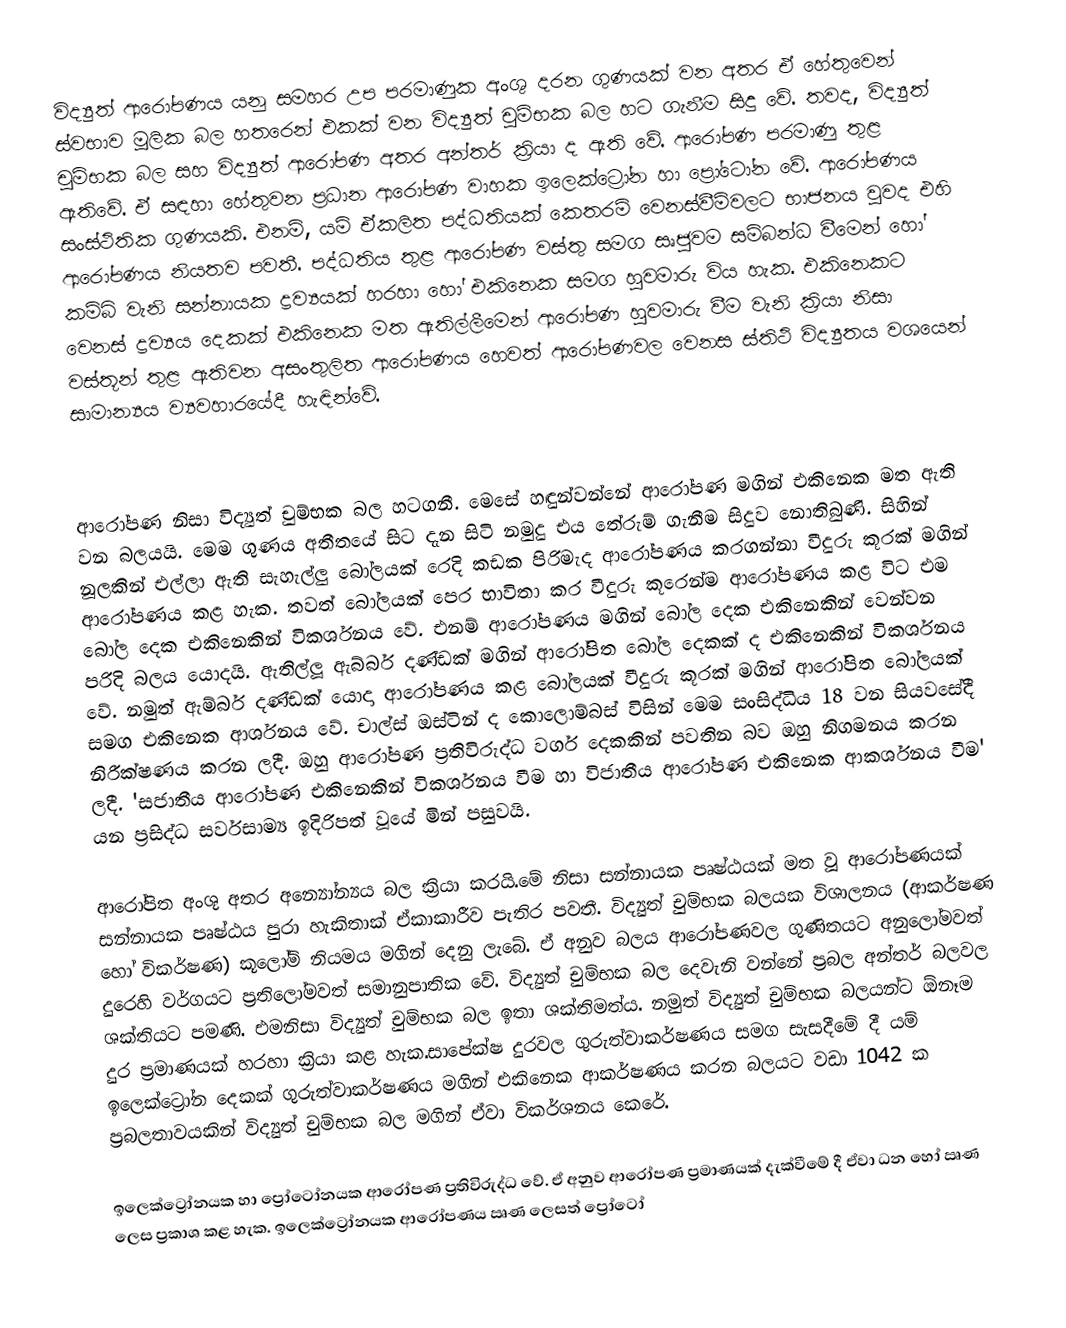
විද්‍යුත් ආරෝපණය යනු සමහර උප පරමාණුක අංශු දරන ගුණයක් වන අතර ඒ හේතුවෙන් ස්වභාව මූලික බල හතරෙන් එකක් වන විද්‍යුත් චුම්භක බල හට ගැනීම සිදු වේ. තවද, විද්‍යුත් චුම්භක බල සහ විද්‍යුත් ආරෝපණ අතර අන්තර් ක්‍රියා ද ඇති වේ. ආරෝපණ පරමාණු තුළ ඇතිවේ. ඒ සඳහා හේතුවන ප්‍රධාන ආරෝපණ වාහක ඉලෙක්ට්‍රෝන හා ප්‍රෝටෝන වේ. ආරෝපණය සංස්ථිතික ගුණයකි. එනම්, යම් ඒකලිත පද්ධතියක් කෙතරම් වෙනස්වීම්වලට භාජනය වුවද එහි ආරෝපණය නියතව පවතී. පද්ධතිය තුළ ආරෝපණ වස්තු සමග සෘජුවම සම්බන්ධ වීමෙන් හෝ කම්බි වැනි සන්නායක ද්‍රව්‍යයක් හරහා හෝ එකිනෙක සමග හුවමාරු විය හැක. එකිනෙකට වෙනස් ද්‍රව්‍යය දෙකක් එකිනෙක මත ඇතිල්ලීමෙන් ආරෝපණ හුවමාරු වීම  වැනි ක්‍රියා නිසා වස්තූන් තුළ ඇතිවන අසංතුලිත ආරෝපණය හෙවත් ආරෝපණවල වෙනස  ස්තිථි විද්‍යුතය වශයෙන් සාමාන්‍යය ව්‍යවහාරයේදී හැඳින්වේ.

ආරෝපණ නිසා විද්‍යුත් චුම්භක බල හටගනී. මෙසේ හඳුන්වන්නේ ආරෝපණ මගින් එකිනෙක මත ඇති වන බලයයි. මෙම ගුණය අතීතයේ සිට දැන සිටි නමුදු එය තේරුම් ගැනීම සිදුව නොතිබුණි. සිහින් නූලකින් එල්ලා ඇති සැහැල්ලු බෝලයක් රෙදි කඩක පිරිමැද ආරෝපණය කරගන්නා වීදුරු කූරක් මගින් ආරෝපණය කළ හැක. තවත් බෝලයක් පෙර භාවිතා කර වීදුරු කූරෙන්ම ආරෝපණය කළ විට එම බෝල දෙක එකිනෙකින් විකර්ශනය වේ. එනම් ආරෝපණය මගින් බෝල දෙක එකිනෙකින් වෙන්වන පරිදි බලය යොදයි. ඇතිල්ලූ ඇබ්බර් දණ්ඩක් මගින් ආරෝපිත බෝල දෙකක් ද එකිනෙකින් විකර්ශනය වේ. නමුත් ඇම්බර් දණ්ඩක් යොදා ආරෝපණය කළ බෝලයක් වීදුරු කූරක් මගින් ආ‍රෝපිත බෝලයක් සමග එකිනෙක ආර්ශනය වේ. චාල්ස් ඔස්ටින් ද කොලොම්බස් විසින් මෙම සංසිද්ධිය 18 වන  සියවසේදී නිරීක්ෂණය කරන ලදී. ඔහු ආරෝපණ ප්‍රතිවිරුද්ධ වර්ග දෙකකින් පවතින බව ඔහු නිගමනය කරන ලදී. 'සජාතීය ආරෝපණ එකිනෙකින් විකර්ශනය වීම හා විජාතීය ආරෝපණ එකිනෙක ආකර්ශනය වීම' යන   ප්‍රසිද්ධ සර්වසාම්‍ය ඉදිරිපත් වූයේ මින් පසුවයි.

ආරෝපිත අංශු අතර අන්‍යෝන්‍යය බල ක්‍රියා කරයි.මේ නිසා සන්නායක පෘෂ්ඨයක් මත වූ  ආරෝපණයක් සන්නායක පෘෂ්ඨය පුරා හැකිතාක් ඒකාකාරීව පැතිර පවතී. විද්‍යුත් චුම්භක බලයක විශාලනය (ආකර්ෂණ හෝ විකර්ෂණ) කූලෝම් නියමය  මගින් දෙනු ලැබේ. ඒ අනුව බලය ආරෝපණවල ගුණිතයට අනුලෝමවත් දුරෙහි වර්ගයට ප්‍රතිලෝමවත් සමානුපාතික වේ. විද්‍යුත් චුම්භක බල දෙවැනි වන්නේ ප්‍රබල අන්තර් බලවල ශක්තියට පමණි. එමනිසා විද්‍යුත් චුම්භක බල ඉතා ශක්තිමත්ය. නමුත් විද්‍යුත් චුම්භක බලයන්ට ඕනෑම දුර ප්‍රමාණයක් හරහා ක්‍රියා කළ හැක.සාපේක්ෂ දුරවල ගුරුත්වාකර්ෂණය සමග සැසදීමේ දී යම් ඉලෙක්ට්‍රෝන දෙකක් ගුරුත්වාකර්ෂණය මගින් එකිනෙක ආකර්ෂණය කරන බලයට වඩා 1042 ක ප්‍රබලතාවයකින් විද්‍යුත් චුම්භක බල මගින් ඒවා විකර්ශනය කෙරේ.

ඉලෙක්ට්‍රෝනයක හා ප්‍රෝටෝනයක ආරෝපණ ප්‍රතිවිරුද්ධ වේ. ඒ අනුව ආරෝපණ ප්‍රමාණ‍යක් දැක්වීමේ දී ඒවා ධන හෝ ඍණ ලෙස ප්‍රකාශ කළ හැක. ඉලෙක්ට්‍රෝනයක ආරෝපණය ඍණ ලෙසත් ප්‍රෝටෝ